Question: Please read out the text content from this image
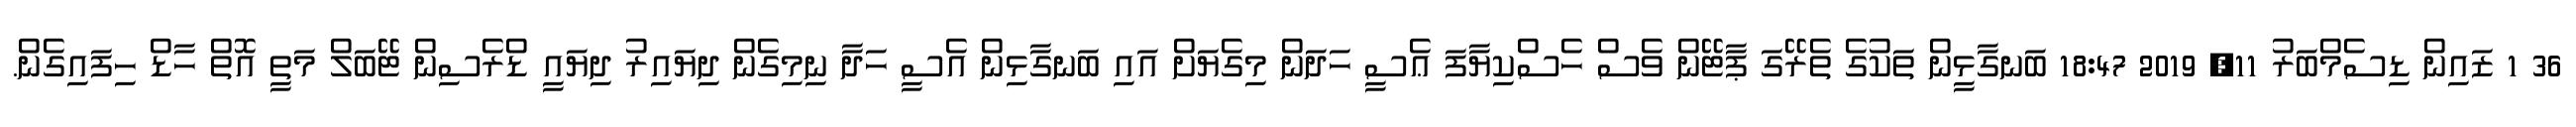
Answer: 36 1 ޒައިން ޑިސެމްބަރު 11, 2019 18:47 ބަނގާޅީން ތަކުގެ ތެރޭގަ ޕާޓޭން ވެސް ހެސްކިޔާފަ ޢެސީ ހަދަން މިގެޔަށް އައި ބަނގާޅިން އެސީ ހަދާ ނިމިގެން ދިޔައިރު ދިޔައީ ޑްރެސިން ޓޭބަލް މަތީ އޮތް ހާޑް ހިފައިގެން.